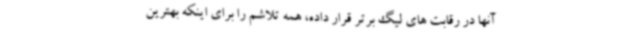
آنها در رقابت های لیگ برتر قرار داده، همه تلاشم را برای اینکه بهترین